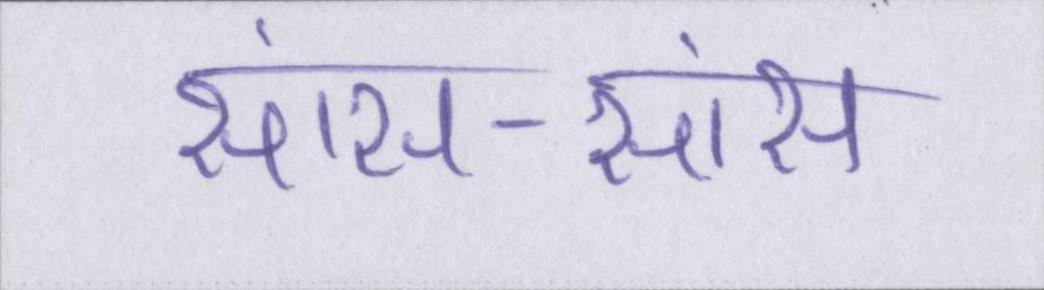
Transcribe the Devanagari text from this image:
सांस-सांस